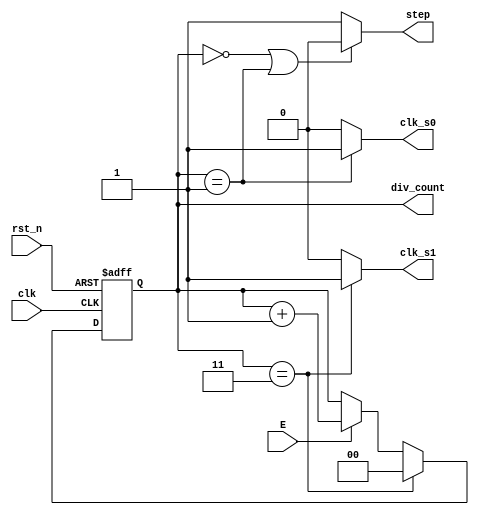
module timing_generator(
	input clk,rst_n,E,
	output reg step,
	output reg clk_s0,clk_s1,
	output [1:0]div_count
    );
	parameter div0=0,
				 div1=1,
				 div2=2,
				 div3=3;
				 
   reg[1:0]div_count;
	always@(posedge clk or negedge rst_n)
		if(!rst_n)
			div_count<=div0;
		else if(div_count==div3)
			div_count<=div0;
		else if(E)
			div_count<=div_count+1;
			
	always@(div_count)
		if(div_count==div3)clk_s1=1;
		else clk_s1=0;
		
	always@(div_count)
		if(div_count==div1)clk_s0=1;
		else clk_s0=0;
		
	always@(div_count)
		if(div_count==div0||div_count==div1)
			step=0;
		else
			step=1;
endmodule